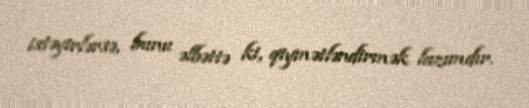
istəyirlərsə, bunu əlbəttə ki, qiymətləndirmək lazımdır.